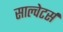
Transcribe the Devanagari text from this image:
साल्वेटर्स